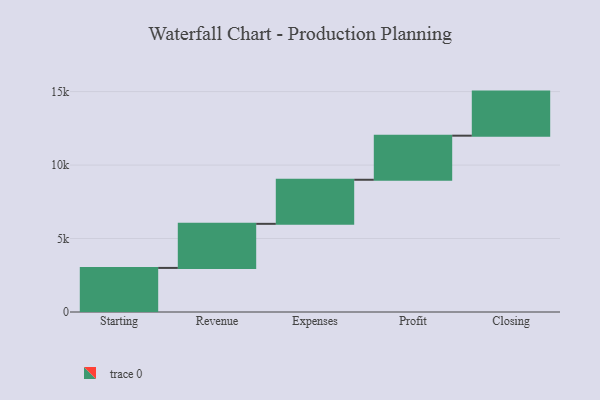
{"axis": {"x": "Step", "y": "Value"}, "legend": [""], "data": [{"x": "Starting", "y": 3000, "type": ""}, {"x": "Revenue", "y": 3000, "type": ""}, {"x": "Expenses", "y": 3000, "type": ""}, {"x": "Profit", "y": 3000, "type": ""}, {"x": "Closing", "y": 3000, "type": ""}]}